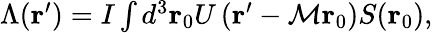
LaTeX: \begin{array}{r}{\Lambda(\mathbf{r}^{\prime})=I\int d^{3}\mathbf{r}_{0}U\left(\mathbf{r}^{\prime}-\mathcal{M}\mathbf{r}_{0}\right)S(\mathbf{r}_{0}),}\end{array}